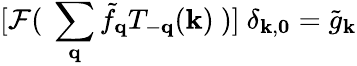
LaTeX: [{\mathcal{F}}(\mathrm{~}\sum_{{\mathbf{q}}}{\tilde{f}}_{{\mathbf{q}}}T_{-{\mathbf{q}}}({\mathbf{k}})\mathrm{~})]\mathrm{~}\delta_{{\mathbf{k}},{\mathbf{0}}}={\tilde{g}}_{{\mathbf{k}}}